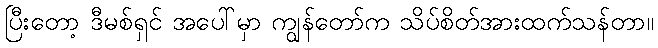
ပြီးတော့ ဒီမစ်ရှင် အပေါ်မှာ ကျွန်တော်က သိပ်စိတ်အားထက်သန်တာ။